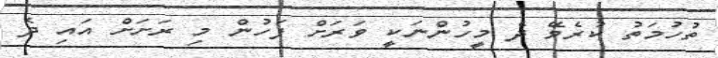
ތުހުމަތު ކުރެވޭ ދެ މީހުންނަކީ ވަރަށް ފަހުން މި ރަށަށް އައި ދެ